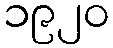
၁၉၂၀